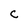
Character: C